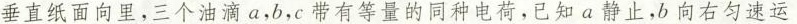
垂直纸面向里，三个油滴a，b，c带有等量的同种电荷，已知a静止，b向右匀速运动，c向左匀速运